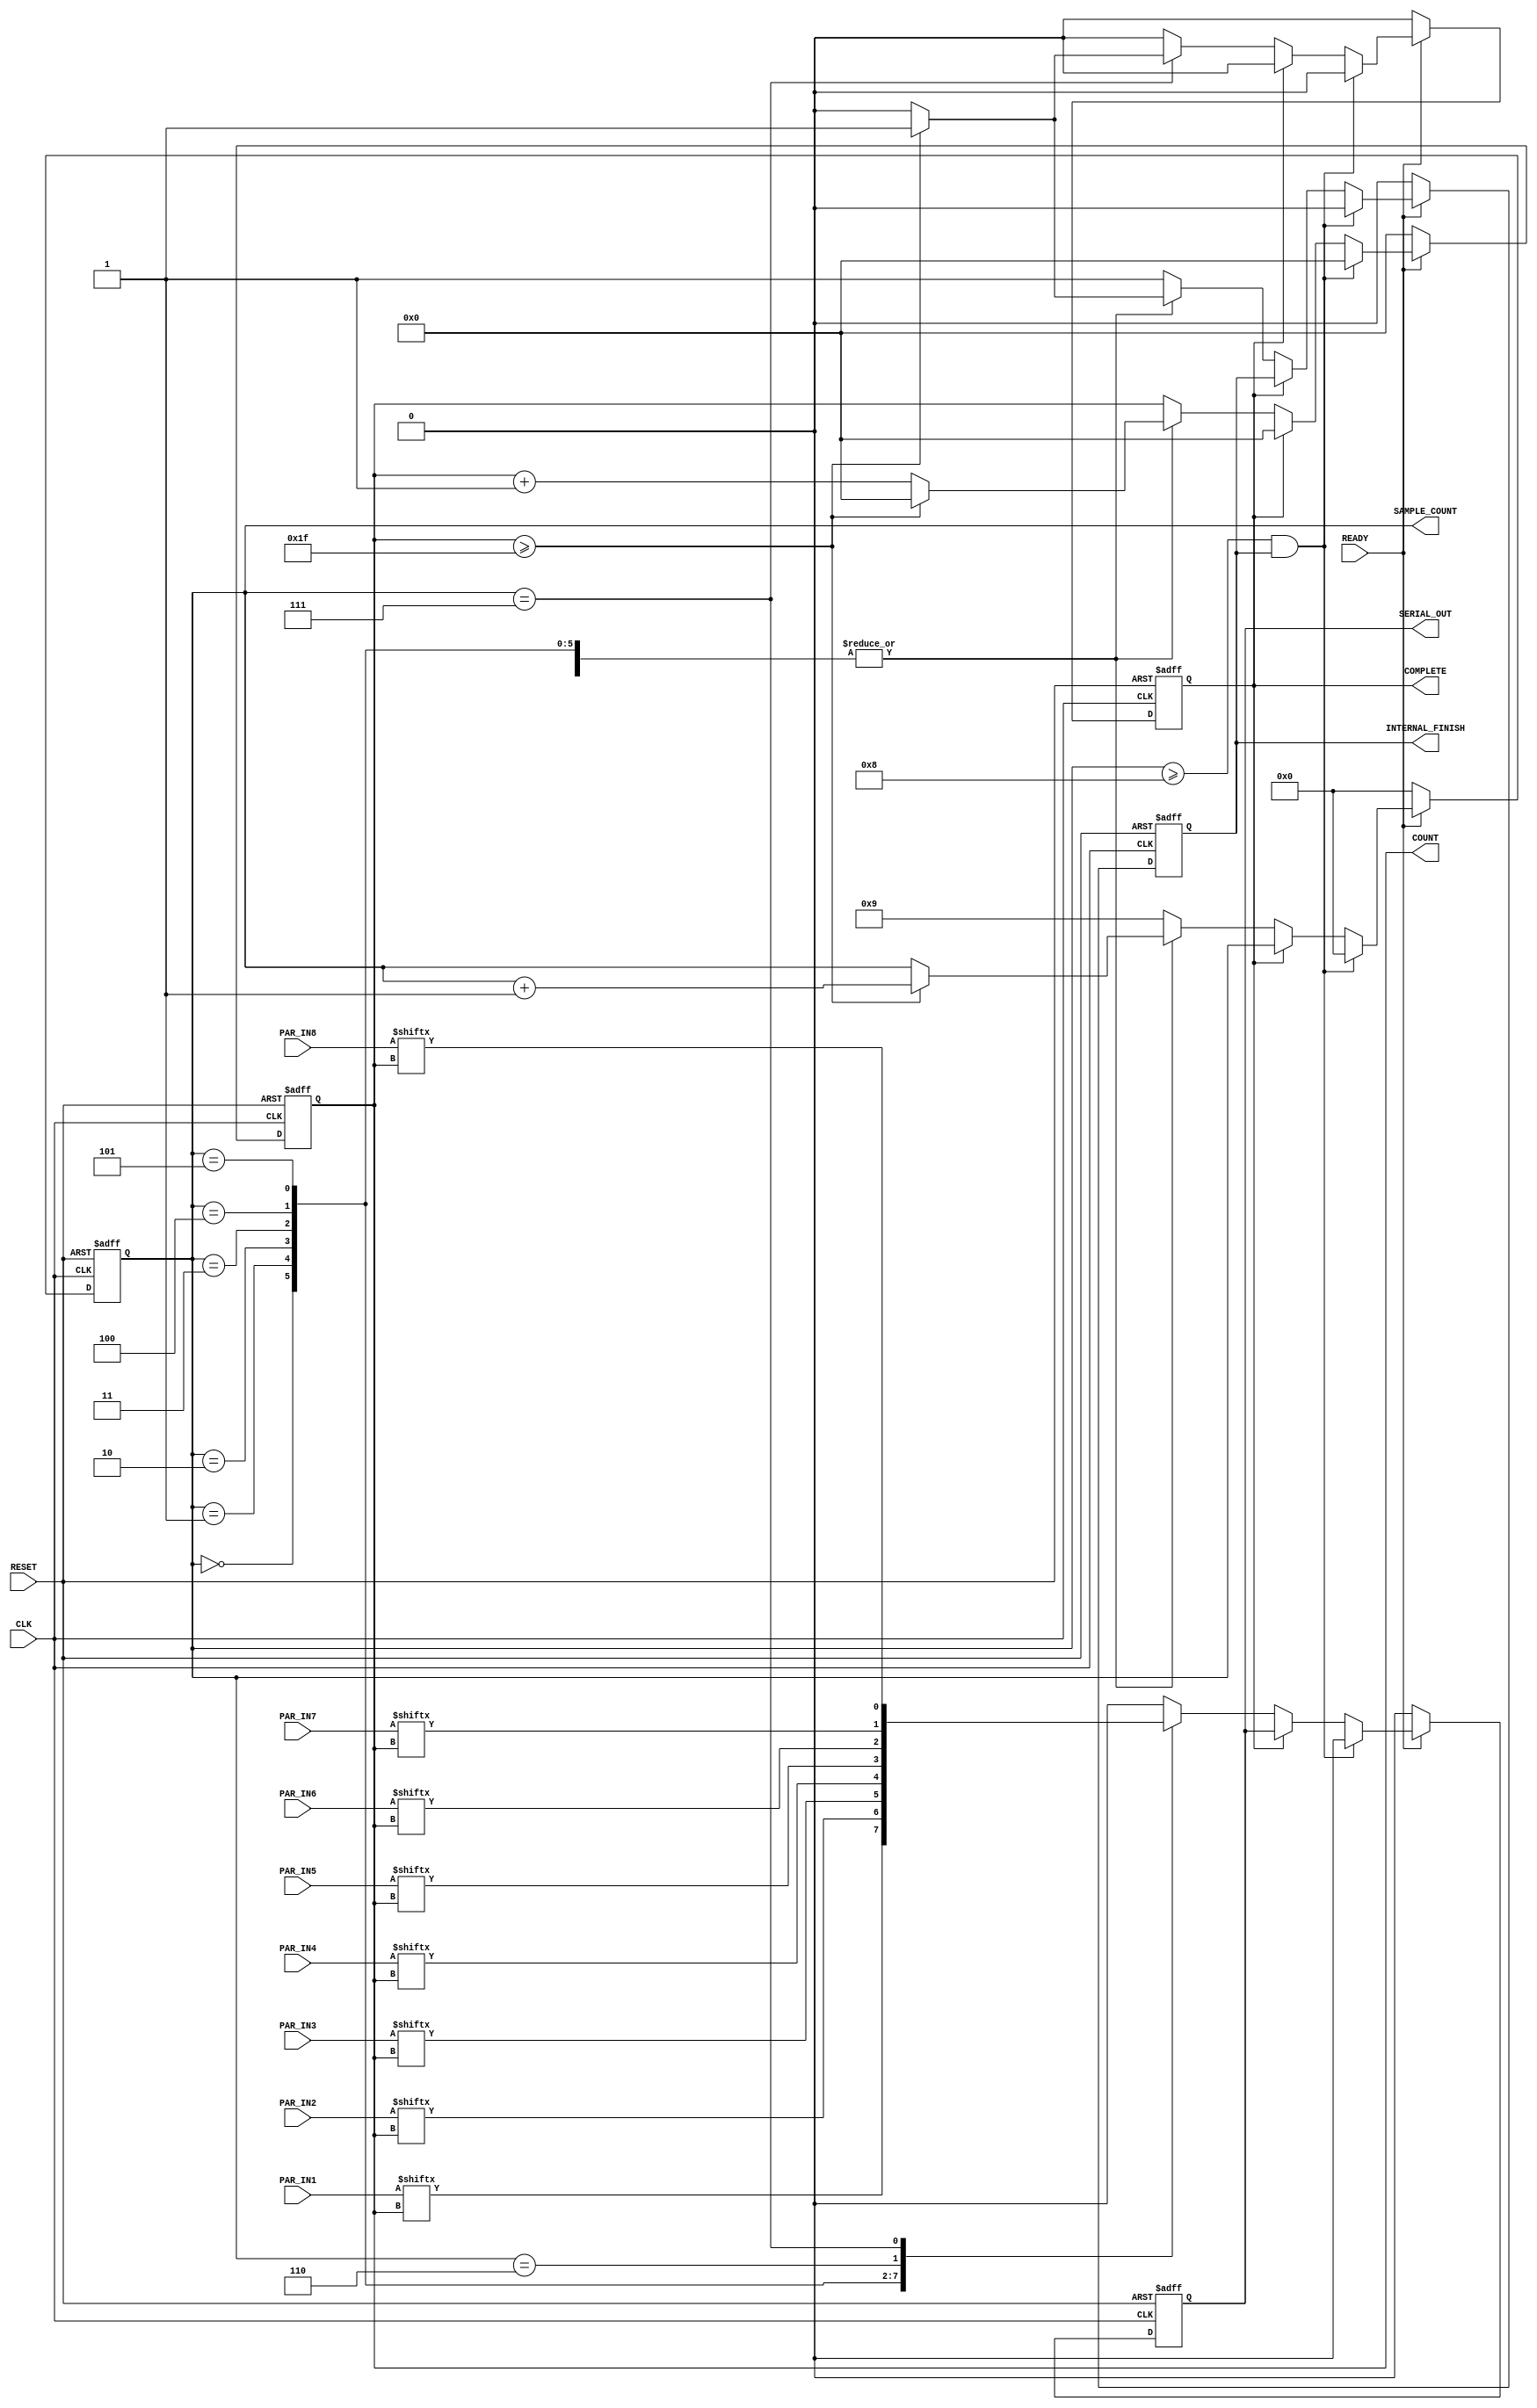
module serializer_unit_cell_1 (CLK, RESET,SERIAL_OUT,READY,INTERNAL_FINISH,COMPLETE,PAR_IN1,PAR_IN2,PAR_IN3,PAR_IN4,PAR_IN5,PAR_IN6,PAR_IN7,PAR_IN8,COUNT,SAMPLE_COUNT);
 
 input CLK,RESET,READY;
 output reg SERIAL_OUT,INTERNAL_FINISH,COMPLETE;
 input [31:0] PAR_IN1,PAR_IN2,PAR_IN3,PAR_IN4,PAR_IN5,PAR_IN6,PAR_IN7,PAR_IN8;

 reg [31:0] int_PAR1,int_PAR2,int_PAR3,int_PAR4,int_PAR5,int_PAR6,int_PAR7,int_PAR8;
output reg [5:0] COUNT;
output reg [3:0] SAMPLE_COUNT;



always @(posedge CLK or negedge RESET)
begin
	if(RESET == 0)
	begin
	    SERIAL_OUT <= 0;
	    INTERNAL_FINISH <= 0;
	    COUNT <= 6'd0;
	    COMPLETE <= 0;
	    SAMPLE_COUNT <= 4'd0;
	end
	else if(READY == 1)
	begin
         if(SAMPLE_COUNT >= 4'd8 && INTERNAL_FINISH == 1)
	   begin
		COMPLETE <= 0;
		SAMPLE_COUNT <= 4'd0;
		SERIAL_OUT <= 0;
		INTERNAL_FINISH <= 0;
		COUNT <= 6'd0;
	   end
	else if (COMPLETE ==0)
	   begin
			  
		  /*if(COUNT >= 6'd32)
		  begin
		    INTERNAL_FINISH <= 1;
		    SERIAL_OUT <= 0;
		    SAMPLE_COUNT <= SAMPLE_COUNT + 1;
		    COUNT <= 6'd0;
		  end
		  else
		  begin*/
			case(SAMPLE_COUNT)
		   4'd0: begin
		    SERIAL_OUT <= PAR_IN1[COUNT];
		    if(COUNT >= 6'd31)
		    begin
			INTERNAL_FINISH <= 1;
			SAMPLE_COUNT <= SAMPLE_COUNT + 1;
		        COUNT <= 6'd0;
		    end
		    else
		    begin
		    	COUNT <= COUNT+6'd1;
			INTERNAL_FINISH <= 0;
		    end
		         end
		4'd1: begin
		    SERIAL_OUT <= PAR_IN2[COUNT];
		    //INTERNAL_FINISH <= 0;
		    if(COUNT >= 6'd31)
		    begin
			INTERNAL_FINISH <= 1;
			SAMPLE_COUNT <= SAMPLE_COUNT + 1;
		        COUNT <= 6'd0;
		    end
		    else
		    begin
		    	COUNT <= COUNT+6'd1;
			INTERNAL_FINISH <= 0;
		    end
		         end
		   4'd2: begin
		    SERIAL_OUT <= PAR_IN3[COUNT];
		    //INTERNAL_FINISH <= 0;
		    if(COUNT >= 6'd31)
		    begin
			INTERNAL_FINISH <= 1;
			SAMPLE_COUNT <= SAMPLE_COUNT + 1;
		        COUNT <= 6'd0;
		    end
		    else
		    begin
		    	COUNT <= COUNT+6'd1;
			INTERNAL_FINISH <= 0;
		    end
		         end
		4'd3: begin
		    SERIAL_OUT <= PAR_IN4[COUNT];
		    //INTERNAL_FINISH <= 0;
		    if(COUNT >= 6'd31)
		    begin
			INTERNAL_FINISH <= 1;
			SAMPLE_COUNT <= SAMPLE_COUNT + 1;
		        COUNT <= 6'd0;
		    end
		    else
		    begin
		    	COUNT <= COUNT+6'd1;
			INTERNAL_FINISH <= 0;
		    end
		         end
		4'd4: begin
		    SERIAL_OUT <= PAR_IN5[COUNT];
		    //INTERNAL_FINISH <= 0;
		    if(COUNT >= 6'd31)
		    begin
			INTERNAL_FINISH <= 1;
			SAMPLE_COUNT <= SAMPLE_COUNT + 1;
		        COUNT <= 6'd0;
		    end
		    else
		    begin
		    	COUNT <= COUNT+6'd1;
			INTERNAL_FINISH <= 0;
		    end
		         end
		4'd5: begin
		    SERIAL_OUT <= PAR_IN6[COUNT];
		    //INTERNAL_FINISH <= 0;
		    if(COUNT >= 6'd31)
		    begin
			INTERNAL_FINISH <= 1;
			SAMPLE_COUNT <= SAMPLE_COUNT + 1;
		        COUNT <= 6'd0;
		    end
		    else
		    begin
		    	COUNT <= COUNT+6'd1;
			INTERNAL_FINISH <= 0;
		    end
		         end
		   4'd6: begin
		    SERIAL_OUT <= PAR_IN7[COUNT];
		    //INTERNAL_FINISH <= 0;
		    if(COUNT >= 6'd31)
		    begin
			INTERNAL_FINISH <= 1;
			SAMPLE_COUNT <= SAMPLE_COUNT + 1;
		        COUNT <= 6'd0;
		    end
		    else
		    begin
		    	COUNT <= COUNT+6'd1;
			INTERNAL_FINISH <= 0;
		    end
		         end
		4'd7: begin
		    SERIAL_OUT <= PAR_IN8[COUNT];
		    //INTERNAL_FINISH <= 0;
		    if(COUNT >= 6'd31)
		    begin
			INTERNAL_FINISH <= 1;
			SAMPLE_COUNT <= SAMPLE_COUNT + 1;
		        COUNT <= 6'd0;
			COMPLETE <= 1;
		    end
		    else
		    begin
		    	COUNT <= COUNT+6'd1;
			INTERNAL_FINISH <= 0;
		    end
		         end
		default: begin
		  	SAMPLE_COUNT <= 4'd9;
		        SERIAL_OUT <= 0;
		        INTERNAL_FINISH <= 1;
		end
		endcase
       end
	else
    begin
	COUNT <= 6'd0;
	COMPLETE <=0;
    end
   end
    else
    begin
	COUNT <= 6'd0;
	SERIAL_OUT <= 0;
	INTERNAL_FINISH <= 0;
	COMPLETE <= 0;
	SAMPLE_COUNT <= 4'd0;
    end
	
end

always @(posedge READY or negedge RESET)
begin
    if(RESET == 0)
	begin
	    int_PAR1 <= 32'd0;	
	    int_PAR2 <= 32'd0;	
	    int_PAR3 <= 32'd0;	
	    int_PAR4 <= 32'd0;	
	    int_PAR5 <= 32'd0;	
	    int_PAR6 <= 32'd0;	
	    int_PAR7 <= 32'd0;	
	    int_PAR8 <= 32'd0;
	end
    else
	begin
    int_PAR1 <= PAR_IN1;	
    int_PAR2 <= PAR_IN2;	
    int_PAR3 <= PAR_IN3;	
    int_PAR4 <= PAR_IN4;	
    int_PAR5 <= PAR_IN5;	
    int_PAR6 <= PAR_IN6;	
    int_PAR7 <= PAR_IN7;	
    int_PAR8 <= PAR_IN8;
	end	
end

always @(posedge COMPLETE or negedge RESET)
begin
    if(RESET == 0)
	begin
	    int_PAR1 <= 32'd0;	
	    int_PAR2 <= 32'd0;	
	    int_PAR3 <= 32'd0;	
	    int_PAR4 <= 32'd0;	
	    int_PAR5 <= 32'd0;	
	    int_PAR6 <= 32'd0;	
	    int_PAR7 <= 32'd0;	
	    int_PAR8 <= 32'd0;
	end
    else
	begin
    int_PAR1 <= PAR_IN1;	
    int_PAR2 <= PAR_IN2;	
    int_PAR3 <= PAR_IN3;	
    int_PAR4 <= PAR_IN4;	
    int_PAR5 <= PAR_IN5;	
    int_PAR6 <= PAR_IN6;	
    int_PAR7 <= PAR_IN7;	
    int_PAR8 <= PAR_IN8;
	end	
end



endmodule